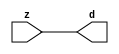

//------> /package/eda/mg/Catapult_10.3d/Mgc_home/pkgs/siflibs/mgc_in_wire_v2.v 
//------------------------------------------------------------------------------
// Catapult Synthesis - Sample I/O Port Library
//
// Copyright (c) 2003-2017 Mentor Graphics Corp.
//       All Rights Reserved
//
// This document may be used and distributed without restriction provided that
// this copyright statement is not removed from the file and that any derivative
// work contains this copyright notice.
//
// The design information contained in this file is intended to be an example
// of the functionality which the end user may study in preparation for creating
// their own custom interfaces. This design does not necessarily present a 
// complete implementation of the named protocol or standard.
//
//------------------------------------------------------------------------------


module mgc_in_wire_v2 (d, z);

  parameter integer rscid = 1;
  parameter integer width = 8;

  output [width-1:0] d;
  input  [width-1:0] z;

  wire   [width-1:0] d;

  assign d = z;

endmodule


//------> /package/eda/mg/Catapult_10.3d/Mgc_home/pkgs/siflibs/ccs_in_v1.v 
//------------------------------------------------------------------------------
// Catapult Synthesis - Sample I/O Port Library
//
// Copyright (c) 2003-2017 Mentor Graphics Corp.
//       All Rights Reserved
//
// This document may be used and distributed without restriction provided that
// this copyright statement is not removed from the file and that any derivative
// work contains this copyright notice.
//
// The design information contained in this file is intended to be an example
// of the functionality which the end user may study in preparation for creating
// their own custom interfaces. This design does not necessarily present a 
// complete implementation of the named protocol or standard.
//
//------------------------------------------------------------------------------


module ccs_in_v1 (idat, dat);

  parameter integer rscid = 1;
  parameter integer width = 8;

  output [width-1:0] idat;
  input  [width-1:0] dat;

  wire   [width-1:0] idat;

  assign idat = dat;

endmodule


//------> /package/eda/mg/Catapult_10.3d/Mgc_home/pkgs/siflibs/ccs_out_v1.v 
//------------------------------------------------------------------------------
// Catapult Synthesis - Sample I/O Port Library
//
// Copyright (c) 2003-2015 Mentor Graphics Corp.
//       All Rights Reserved
//
// This document may be used and distributed without restriction provided that
// this copyright statement is not removed from the file and that any derivative
// work contains this copyright notice.
//
// The design information contained in this file is intended to be an example
// of the functionality which the end user may study in preparation for creating
// their own custom interfaces. This design does not necessarily present a 
// complete implementation of the named protocol or standard.
//
//------------------------------------------------------------------------------

module ccs_out_v1 (dat, idat);

  parameter integer rscid = 1;
  parameter integer width = 8;

  output   [width-1:0] dat;
  input    [width-1:0] idat;

  wire     [width-1:0] dat;

  assign dat = idat;

endmodule




//------> /package/eda/mg/Catapult_10.3d/Mgc_home/pkgs/siflibs/mgc_io_sync_v2.v 
//------------------------------------------------------------------------------
// Catapult Synthesis - Sample I/O Port Library
//
// Copyright (c) 2003-2017 Mentor Graphics Corp.
//       All Rights Reserved
//
// This document may be used and distributed without restriction provided that
// this copyright statement is not removed from the file and that any derivative
// work contains this copyright notice.
//
// The design information contained in this file is intended to be an example
// of the functionality which the end user may study in preparation for creating
// their own custom interfaces. This design does not necessarily present a 
// complete implementation of the named protocol or standard.
//
//------------------------------------------------------------------------------


module mgc_io_sync_v2 (ld, lz);
    parameter valid = 0;

    input  ld;
    output lz;

    wire   lz;

    assign lz = ld;

endmodule


//------> ./rtl.v 
// ----------------------------------------------------------------------
//  HLS HDL:        Verilog Netlister
//  HLS Version:    10.3d/815731 Production Release
//  HLS Date:       Wed Apr 24 14:54:19 PDT 2019
// 
//  Generated by:   695r48@ecegrid-thin4.ecn.purdue.edu
//  Generated date: Wed Nov 10 16:26:47 2021
// ----------------------------------------------------------------------

// 
// ------------------------------------------------------------------
//  Design Unit:    fir_core_core_fsm
//  FSM Module
// ------------------------------------------------------------------


module fir_core_core_fsm (
  clk, rst, fsm_output
);
  input clk;
  input rst;
  output [17:0] fsm_output;
  reg [17:0] fsm_output;


  // FSM State Type Declaration for fir_core_core_fsm_1
  parameter
    main_C_0 = 5'd0,
    main_C_1 = 5'd1,
    main_C_2 = 5'd2,
    main_C_3 = 5'd3,
    main_C_4 = 5'd4,
    main_C_5 = 5'd5,
    main_C_6 = 5'd6,
    main_C_7 = 5'd7,
    main_C_8 = 5'd8,
    main_C_9 = 5'd9,
    main_C_10 = 5'd10,
    main_C_11 = 5'd11,
    main_C_12 = 5'd12,
    main_C_13 = 5'd13,
    main_C_14 = 5'd14,
    main_C_15 = 5'd15,
    main_C_16 = 5'd16,
    main_C_17 = 5'd17;

  reg [4:0] state_var;
  reg [4:0] state_var_NS;


  // Interconnect Declarations for Component Instantiations 
  always @(*)
  begin : fir_core_core_fsm_1
    case (state_var)
      main_C_1 : begin
        fsm_output = 18'b000000000000000010;
        state_var_NS = main_C_2;
      end
      main_C_2 : begin
        fsm_output = 18'b000000000000000100;
        state_var_NS = main_C_3;
      end
      main_C_3 : begin
        fsm_output = 18'b000000000000001000;
        state_var_NS = main_C_4;
      end
      main_C_4 : begin
        fsm_output = 18'b000000000000010000;
        state_var_NS = main_C_5;
      end
      main_C_5 : begin
        fsm_output = 18'b000000000000100000;
        state_var_NS = main_C_6;
      end
      main_C_6 : begin
        fsm_output = 18'b000000000001000000;
        state_var_NS = main_C_7;
      end
      main_C_7 : begin
        fsm_output = 18'b000000000010000000;
        state_var_NS = main_C_8;
      end
      main_C_8 : begin
        fsm_output = 18'b000000000100000000;
        state_var_NS = main_C_9;
      end
      main_C_9 : begin
        fsm_output = 18'b000000001000000000;
        state_var_NS = main_C_10;
      end
      main_C_10 : begin
        fsm_output = 18'b000000010000000000;
        state_var_NS = main_C_11;
      end
      main_C_11 : begin
        fsm_output = 18'b000000100000000000;
        state_var_NS = main_C_12;
      end
      main_C_12 : begin
        fsm_output = 18'b000001000000000000;
        state_var_NS = main_C_13;
      end
      main_C_13 : begin
        fsm_output = 18'b000010000000000000;
        state_var_NS = main_C_14;
      end
      main_C_14 : begin
        fsm_output = 18'b000100000000000000;
        state_var_NS = main_C_15;
      end
      main_C_15 : begin
        fsm_output = 18'b001000000000000000;
        state_var_NS = main_C_16;
      end
      main_C_16 : begin
        fsm_output = 18'b010000000000000000;
        state_var_NS = main_C_17;
      end
      main_C_17 : begin
        fsm_output = 18'b100000000000000000;
        state_var_NS = main_C_0;
      end
      // main_C_0
      default : begin
        fsm_output = 18'b000000000000000001;
        state_var_NS = main_C_1;
      end
    endcase
  end

  always @(posedge clk) begin
    if ( rst ) begin
      state_var <= main_C_0;
    end
    else begin
      state_var <= state_var_NS;
    end
  end

endmodule

// ------------------------------------------------------------------
//  Design Unit:    fir_core
// ------------------------------------------------------------------


module fir_core (
  clk, rst, coeffs_rsc_z, coeffs_rsc_triosy_lz, in1_rsc_dat, in1_rsc_triosy_lz, out1_rsc_dat,
      out1_rsc_triosy_lz
);
  input clk;
  input rst;
  input [511:0] coeffs_rsc_z;
  output coeffs_rsc_triosy_lz;
  input [15:0] in1_rsc_dat;
  output in1_rsc_triosy_lz;
  output [15:0] out1_rsc_dat;
  output out1_rsc_triosy_lz;


  // Interconnect Declarations
  wire [511:0] coeffs_rsci_d;
  wire [15:0] in1_rsci_idat;
  reg [15:0] out1_rsci_idat;
  reg out1_rsc_triosy_obj_ld;
  wire [17:0] fsm_output;
  reg [239:0] reg_MAC_io_read_coeffs_rsc_cse_255_0_ftd_16;
  reg reg_in1_rsc_triosy_obj_ld_cse;
  wire [29:0] z_out;
  wire [30:0] nl_z_out;
  wire [29:0] z_out_1;
  wire signed [32:0] nl_z_out_1;
  wire [29:0] z_out_2;
  wire signed [32:0] nl_z_out_2;
  wire [29:0] z_out_3;
  wire signed [32:0] nl_z_out_3;
  wire [29:0] z_out_4;
  wire signed [32:0] nl_z_out_4;
  reg [15:0] regs_15_sva;
  reg [15:0] regs_16_sva;
  reg [15:0] regs_14_sva;
  reg [15:0] regs_17_sva;
  reg [15:0] regs_13_sva;
  reg [15:0] regs_18_sva;
  reg [15:0] regs_12_sva;
  reg [15:0] regs_19_sva;
  reg [15:0] regs_11_sva;
  reg [15:0] regs_20_sva;
  reg [15:0] regs_10_sva;
  reg [15:0] regs_21_sva;
  reg [15:0] regs_9_sva;
  reg [15:0] regs_22_sva;
  reg [15:0] regs_8_sva;
  reg [15:0] regs_23_sva;
  reg [15:0] regs_7_sva;
  reg [15:0] regs_24_sva;
  reg [15:0] regs_6_sva;
  reg [15:0] regs_25_sva;
  reg [15:0] regs_5_sva;
  reg [15:0] regs_26_sva;
  reg [15:0] regs_4_sva;
  reg [15:0] regs_27_sva;
  reg [15:0] regs_3_sva;
  reg [15:0] regs_28_sva;
  reg [15:0] regs_2_sva;
  reg [15:0] regs_29_sva;
  reg [15:0] regs_1_sva;
  reg [15:0] regs_30_sva;
  reg [15:0] regs_0_sva;
  reg [16:0] MAC_1_acc_3_itm;
  wire [17:0] nl_MAC_1_acc_3_itm;
  reg [16:0] MAC_2_acc_3_itm;
  wire [17:0] nl_MAC_2_acc_3_itm;
  reg [29:0] MAC_acc_11_itm;
  reg [16:0] MAC_3_acc_3_itm;
  wire [17:0] nl_MAC_3_acc_3_itm;
  reg [16:0] MAC_4_acc_3_itm;
  wire [17:0] nl_MAC_4_acc_3_itm;
  reg [16:0] MAC_5_acc_3_itm;
  wire [17:0] nl_MAC_5_acc_3_itm;
  reg [16:0] MAC_6_acc_3_itm;
  wire [17:0] nl_MAC_6_acc_3_itm;
  reg [16:0] MAC_7_acc_3_itm;
  wire [17:0] nl_MAC_7_acc_3_itm;
  reg [16:0] MAC_8_acc_3_itm;
  wire [17:0] nl_MAC_8_acc_3_itm;
  reg [29:0] MAC_acc_17_itm;
  reg [16:0] MAC_9_acc_3_itm;
  wire [17:0] nl_MAC_9_acc_3_itm;
  reg [16:0] MAC_10_acc_3_itm;
  reg [16:0] MAC_11_acc_3_itm;
  wire [17:0] nl_MAC_11_acc_3_itm;
  reg [29:0] MAC_11_mul_itm;
  reg [16:0] MAC_12_acc_3_itm;
  wire [17:0] nl_MAC_12_acc_3_itm;
  reg [16:0] MAC_13_acc_3_itm;
  wire [17:0] nl_MAC_13_acc_3_itm;
  reg [16:0] MAC_14_acc_3_itm;
  wire [17:0] nl_MAC_14_acc_3_itm;
  reg [16:0] MAC_15_acc_3_itm;
  wire [17:0] nl_MAC_15_acc_3_itm;
  reg [29:0] MAC_acc_12_itm;
  wire [30:0] nl_MAC_acc_12_itm;
  wire MAC_acc_11_itm_mx0c1;

  wire[29:0] MAC_16_acc_2_nl;
  wire[30:0] nl_MAC_16_acc_2_nl;
  wire[16:0] MAC_10_acc_3_nl;
  wire[17:0] nl_MAC_10_acc_3_nl;
  wire[29:0] MAC_16_mul_nl;
  wire signed [32:0] nl_MAC_16_mul_nl;
  wire[16:0] MAC_16_acc_3_nl;
  wire[17:0] nl_MAC_16_acc_3_nl;
  wire[29:0] MAC_acc_10_nl;
  wire[30:0] nl_MAC_acc_10_nl;
  wire[29:0] MAC_4_mul_nl;
  wire signed [32:0] nl_MAC_4_mul_nl;
  wire[29:0] MAC_acc_8_nl;
  wire[30:0] nl_MAC_acc_8_nl;
  wire[29:0] MAC_8_mul_nl;
  wire signed [32:0] nl_MAC_8_mul_nl;
  wire[29:0] MAC_acc_6_nl;
  wire[30:0] nl_MAC_acc_6_nl;
  wire[29:0] MAC_12_mul_nl;
  wire signed [32:0] nl_MAC_12_mul_nl;
  wire[29:0] MAC_acc_5_nl;
  wire[30:0] nl_MAC_acc_5_nl;
  wire[29:0] MAC_14_mul_nl;
  wire signed [32:0] nl_MAC_14_mul_nl;
  wire[0:0] MAC_or_4_nl;
  wire[29:0] MAC_acc_11_nl;
  wire[30:0] nl_MAC_acc_11_nl;
  wire[29:0] MAC_acc_7_nl;
  wire[30:0] nl_MAC_acc_7_nl;
  wire[29:0] MAC_acc_9_nl;
  wire[30:0] nl_MAC_acc_9_nl;
  wire[29:0] MAC_mux1h_6_nl;
  wire[29:0] MAC_acc_18_nl;
  wire[30:0] nl_MAC_acc_18_nl;
  wire[29:0] MAC_acc_19_nl;
  wire[30:0] nl_MAC_acc_19_nl;
  wire[15:0] MAC_mux1h_7_nl;
  wire[16:0] MAC_mux1h_8_nl;
  wire[15:0] MAC_mux_20_nl;
  wire[16:0] MAC_mux_21_nl;
  wire[15:0] MAC_mux_22_nl;
  wire[16:0] MAC_mux_23_nl;
  wire[15:0] MAC_mux_24_nl;
  wire[16:0] MAC_mux_25_nl;

  // Interconnect Declarations for Component Instantiations 
  mgc_in_wire_v2 #(.rscid(32'sd1),
  .width(32'sd512)) coeffs_rsci (
      .d(coeffs_rsci_d),
      .z(coeffs_rsc_z)
    );
  ccs_in_v1 #(.rscid(32'sd2),
  .width(32'sd16)) in1_rsci (
      .dat(in1_rsc_dat),
      .idat(in1_rsci_idat)
    );
  ccs_out_v1 #(.rscid(32'sd3),
  .width(32'sd16)) out1_rsci (
      .idat(out1_rsci_idat),
      .dat(out1_rsc_dat)
    );
  mgc_io_sync_v2 #(.valid(32'sd0)) coeffs_rsc_triosy_obj (
      .ld(reg_in1_rsc_triosy_obj_ld_cse),
      .lz(coeffs_rsc_triosy_lz)
    );
  mgc_io_sync_v2 #(.valid(32'sd0)) in1_rsc_triosy_obj (
      .ld(reg_in1_rsc_triosy_obj_ld_cse),
      .lz(in1_rsc_triosy_lz)
    );
  mgc_io_sync_v2 #(.valid(32'sd0)) out1_rsc_triosy_obj (
      .ld(out1_rsc_triosy_obj_ld),
      .lz(out1_rsc_triosy_lz)
    );
  fir_core_core_fsm fir_core_core_fsm_inst (
      .clk(clk),
      .rst(rst),
      .fsm_output(fsm_output)
    );
  assign MAC_acc_11_itm_mx0c1 = (fsm_output[14]) | (fsm_output[6]);
  always @(posedge clk) begin
    if ( rst ) begin
      out1_rsci_idat <= 16'b0000000000000000;
    end
    else if ( fsm_output[16] ) begin
      out1_rsci_idat <= readslicef_30_16_14((MAC_16_acc_2_nl));
    end
  end
  always @(posedge clk) begin
    if ( rst ) begin
      MAC_14_acc_3_itm <= 17'b00000000000000000;
    end
    else if ( fsm_output[0] ) begin
      MAC_14_acc_3_itm <= nl_MAC_14_acc_3_itm[16:0];
    end
  end
  always @(posedge clk) begin
    if ( rst ) begin
      MAC_13_acc_3_itm <= 17'b00000000000000000;
    end
    else if ( fsm_output[0] ) begin
      MAC_13_acc_3_itm <= nl_MAC_13_acc_3_itm[16:0];
    end
  end
  always @(posedge clk) begin
    if ( rst ) begin
      MAC_12_acc_3_itm <= 17'b00000000000000000;
    end
    else if ( fsm_output[0] ) begin
      MAC_12_acc_3_itm <= nl_MAC_12_acc_3_itm[16:0];
    end
  end
  always @(posedge clk) begin
    if ( rst ) begin
      MAC_11_acc_3_itm <= 17'b00000000000000000;
    end
    else if ( fsm_output[0] ) begin
      MAC_11_acc_3_itm <= nl_MAC_11_acc_3_itm[16:0];
    end
  end
  always @(posedge clk) begin
    if ( rst ) begin
      MAC_10_acc_3_itm <= 17'b00000000000000000;
    end
    else if ( (fsm_output[17]) | (fsm_output[0]) ) begin
      MAC_10_acc_3_itm <= MUX_v_17_2_2((MAC_10_acc_3_nl), ({1'b0 , regs_30_sva}),
          fsm_output[17]);
    end
  end
  always @(posedge clk) begin
    if ( rst ) begin
      MAC_9_acc_3_itm <= 17'b00000000000000000;
    end
    else if ( fsm_output[0] ) begin
      MAC_9_acc_3_itm <= nl_MAC_9_acc_3_itm[16:0];
    end
  end
  always @(posedge clk) begin
    if ( rst ) begin
      MAC_8_acc_3_itm <= 17'b00000000000000000;
    end
    else if ( fsm_output[0] ) begin
      MAC_8_acc_3_itm <= nl_MAC_8_acc_3_itm[16:0];
    end
  end
  always @(posedge clk) begin
    if ( rst ) begin
      MAC_7_acc_3_itm <= 17'b00000000000000000;
    end
    else if ( fsm_output[0] ) begin
      MAC_7_acc_3_itm <= nl_MAC_7_acc_3_itm[16:0];
    end
  end
  always @(posedge clk) begin
    if ( rst ) begin
      MAC_6_acc_3_itm <= 17'b00000000000000000;
    end
    else if ( fsm_output[0] ) begin
      MAC_6_acc_3_itm <= nl_MAC_6_acc_3_itm[16:0];
    end
  end
  always @(posedge clk) begin
    if ( rst ) begin
      MAC_5_acc_3_itm <= 17'b00000000000000000;
    end
    else if ( fsm_output[0] ) begin
      MAC_5_acc_3_itm <= nl_MAC_5_acc_3_itm[16:0];
    end
  end
  always @(posedge clk) begin
    if ( rst ) begin
      MAC_4_acc_3_itm <= 17'b00000000000000000;
    end
    else if ( fsm_output[0] ) begin
      MAC_4_acc_3_itm <= nl_MAC_4_acc_3_itm[16:0];
    end
  end
  always @(posedge clk) begin
    if ( rst ) begin
      MAC_3_acc_3_itm <= 17'b00000000000000000;
    end
    else if ( fsm_output[0] ) begin
      MAC_3_acc_3_itm <= nl_MAC_3_acc_3_itm[16:0];
    end
  end
  always @(posedge clk) begin
    if ( rst ) begin
      MAC_2_acc_3_itm <= 17'b00000000000000000;
    end
    else if ( fsm_output[0] ) begin
      MAC_2_acc_3_itm <= nl_MAC_2_acc_3_itm[16:0];
    end
  end
  always @(posedge clk) begin
    if ( rst ) begin
      MAC_1_acc_3_itm <= 17'b00000000000000000;
    end
    else if ( fsm_output[0] ) begin
      MAC_1_acc_3_itm <= nl_MAC_1_acc_3_itm[16:0];
    end
  end
  always @(posedge clk) begin
    if ( rst ) begin
      MAC_15_acc_3_itm <= 17'b00000000000000000;
      out1_rsc_triosy_obj_ld <= 1'b0;
      reg_in1_rsc_triosy_obj_ld_cse <= 1'b0;
      MAC_11_mul_itm <= 30'b000000000000000000000000000000;
    end
    else begin
      MAC_15_acc_3_itm <= nl_MAC_15_acc_3_itm[16:0];
      out1_rsc_triosy_obj_ld <= fsm_output[16];
      reg_in1_rsc_triosy_obj_ld_cse <= fsm_output[0];
      MAC_11_mul_itm <= MUX1HOT_v_30_9_2((MAC_16_mul_nl), z_out_1, (MAC_acc_10_nl),
          z_out_2, z_out_3, (MAC_acc_8_nl), z_out_4, (MAC_acc_6_nl), (MAC_acc_5_nl),
          {(fsm_output[0]) , (MAC_or_4_nl) , (fsm_output[5]) , (fsm_output[6]) ,
          (fsm_output[8]) , (fsm_output[9]) , (fsm_output[10]) , (fsm_output[13])
          , (fsm_output[15])});
    end
  end
  always @(posedge clk) begin
    if ( rst ) begin
      regs_1_sva <= 16'b0000000000000000;
    end
    else if ( fsm_output[0] ) begin
      regs_1_sva <= regs_0_sva;
    end
  end
  always @(posedge clk) begin
    if ( rst ) begin
      regs_0_sva <= 16'b0000000000000000;
    end
    else if ( fsm_output[0] ) begin
      regs_0_sva <= in1_rsci_idat;
    end
  end
  always @(posedge clk) begin
    if ( rst ) begin
      regs_15_sva <= 16'b0000000000000000;
    end
    else if ( fsm_output[17] ) begin
      regs_15_sva <= regs_14_sva;
    end
  end
  always @(posedge clk) begin
    if ( rst ) begin
      regs_14_sva <= 16'b0000000000000000;
    end
    else if ( fsm_output[17] ) begin
      regs_14_sva <= regs_13_sva;
    end
  end
  always @(posedge clk) begin
    if ( rst ) begin
      regs_16_sva <= 16'b0000000000000000;
    end
    else if ( fsm_output[17] ) begin
      regs_16_sva <= regs_15_sva;
    end
  end
  always @(posedge clk) begin
    if ( rst ) begin
      regs_13_sva <= 16'b0000000000000000;
    end
    else if ( fsm_output[17] ) begin
      regs_13_sva <= regs_12_sva;
    end
  end
  always @(posedge clk) begin
    if ( rst ) begin
      regs_17_sva <= 16'b0000000000000000;
    end
    else if ( fsm_output[17] ) begin
      regs_17_sva <= regs_16_sva;
    end
  end
  always @(posedge clk) begin
    if ( rst ) begin
      regs_12_sva <= 16'b0000000000000000;
    end
    else if ( fsm_output[17] ) begin
      regs_12_sva <= regs_11_sva;
    end
  end
  always @(posedge clk) begin
    if ( rst ) begin
      regs_18_sva <= 16'b0000000000000000;
    end
    else if ( fsm_output[17] ) begin
      regs_18_sva <= regs_17_sva;
    end
  end
  always @(posedge clk) begin
    if ( rst ) begin
      regs_11_sva <= 16'b0000000000000000;
    end
    else if ( fsm_output[17] ) begin
      regs_11_sva <= regs_10_sva;
    end
  end
  always @(posedge clk) begin
    if ( rst ) begin
      regs_19_sva <= 16'b0000000000000000;
    end
    else if ( fsm_output[17] ) begin
      regs_19_sva <= regs_18_sva;
    end
  end
  always @(posedge clk) begin
    if ( rst ) begin
      regs_10_sva <= 16'b0000000000000000;
    end
    else if ( fsm_output[17] ) begin
      regs_10_sva <= regs_9_sva;
    end
  end
  always @(posedge clk) begin
    if ( rst ) begin
      regs_20_sva <= 16'b0000000000000000;
    end
    else if ( fsm_output[17] ) begin
      regs_20_sva <= regs_19_sva;
    end
  end
  always @(posedge clk) begin
    if ( rst ) begin
      regs_9_sva <= 16'b0000000000000000;
    end
    else if ( fsm_output[17] ) begin
      regs_9_sva <= regs_8_sva;
    end
  end
  always @(posedge clk) begin
    if ( rst ) begin
      regs_21_sva <= 16'b0000000000000000;
    end
    else if ( fsm_output[17] ) begin
      regs_21_sva <= regs_20_sva;
    end
  end
  always @(posedge clk) begin
    if ( rst ) begin
      regs_8_sva <= 16'b0000000000000000;
    end
    else if ( fsm_output[17] ) begin
      regs_8_sva <= regs_7_sva;
    end
  end
  always @(posedge clk) begin
    if ( rst ) begin
      regs_22_sva <= 16'b0000000000000000;
    end
    else if ( fsm_output[17] ) begin
      regs_22_sva <= regs_21_sva;
    end
  end
  always @(posedge clk) begin
    if ( rst ) begin
      regs_7_sva <= 16'b0000000000000000;
    end
    else if ( fsm_output[17] ) begin
      regs_7_sva <= regs_6_sva;
    end
  end
  always @(posedge clk) begin
    if ( rst ) begin
      regs_23_sva <= 16'b0000000000000000;
    end
    else if ( fsm_output[17] ) begin
      regs_23_sva <= regs_22_sva;
    end
  end
  always @(posedge clk) begin
    if ( rst ) begin
      regs_6_sva <= 16'b0000000000000000;
    end
    else if ( fsm_output[17] ) begin
      regs_6_sva <= regs_5_sva;
    end
  end
  always @(posedge clk) begin
    if ( rst ) begin
      regs_24_sva <= 16'b0000000000000000;
    end
    else if ( fsm_output[17] ) begin
      regs_24_sva <= regs_23_sva;
    end
  end
  always @(posedge clk) begin
    if ( rst ) begin
      regs_5_sva <= 16'b0000000000000000;
    end
    else if ( fsm_output[17] ) begin
      regs_5_sva <= regs_4_sva;
    end
  end
  always @(posedge clk) begin
    if ( rst ) begin
      regs_25_sva <= 16'b0000000000000000;
    end
    else if ( fsm_output[17] ) begin
      regs_25_sva <= regs_24_sva;
    end
  end
  always @(posedge clk) begin
    if ( rst ) begin
      regs_4_sva <= 16'b0000000000000000;
    end
    else if ( fsm_output[17] ) begin
      regs_4_sva <= regs_3_sva;
    end
  end
  always @(posedge clk) begin
    if ( rst ) begin
      regs_26_sva <= 16'b0000000000000000;
    end
    else if ( fsm_output[17] ) begin
      regs_26_sva <= regs_25_sva;
    end
  end
  always @(posedge clk) begin
    if ( rst ) begin
      regs_3_sva <= 16'b0000000000000000;
    end
    else if ( fsm_output[17] ) begin
      regs_3_sva <= regs_2_sva;
    end
  end
  always @(posedge clk) begin
    if ( rst ) begin
      regs_27_sva <= 16'b0000000000000000;
    end
    else if ( fsm_output[17] ) begin
      regs_27_sva <= regs_26_sva;
    end
  end
  always @(posedge clk) begin
    if ( rst ) begin
      regs_2_sva <= 16'b0000000000000000;
    end
    else if ( fsm_output[17] ) begin
      regs_2_sva <= regs_1_sva;
    end
  end
  always @(posedge clk) begin
    if ( rst ) begin
      regs_28_sva <= 16'b0000000000000000;
    end
    else if ( fsm_output[17] ) begin
      regs_28_sva <= regs_27_sva;
    end
  end
  always @(posedge clk) begin
    if ( rst ) begin
      regs_29_sva <= 16'b0000000000000000;
    end
    else if ( fsm_output[17] ) begin
      regs_29_sva <= regs_28_sva;
    end
  end
  always @(posedge clk) begin
    if ( rst ) begin
      regs_30_sva <= 16'b0000000000000000;
    end
    else if ( fsm_output[17] ) begin
      regs_30_sva <= regs_29_sva;
    end
  end
  always @(posedge clk) begin
    if ( rst ) begin
      MAC_acc_12_itm <= 30'b000000000000000000000000000000;
    end
    else if ( fsm_output[1] ) begin
      MAC_acc_12_itm <= nl_MAC_acc_12_itm[29:0];
    end
  end
  always @(posedge clk) begin
    if ( rst ) begin
      MAC_acc_11_itm <= 30'b000000000000000000000000000000;
    end
    else if ( (fsm_output[11]) | (fsm_output[3]) | MAC_acc_11_itm_mx0c1 ) begin
      MAC_acc_11_itm <= MUX1HOT_v_30_3_2((MAC_acc_11_nl), z_out, (MAC_acc_7_nl),
          {(fsm_output[3]) , MAC_acc_11_itm_mx0c1 , (fsm_output[11])});
    end
  end
  always @(posedge clk) begin
    if ( rst ) begin
      MAC_acc_17_itm <= 30'b000000000000000000000000000000;
    end
    else if ( (fsm_output[10]) | (fsm_output[7]) ) begin
      MAC_acc_17_itm <= MUX_v_30_2_2((MAC_acc_9_nl), z_out, fsm_output[10]);
    end
  end
  always @(posedge clk) begin
    if ( rst ) begin
      reg_MAC_io_read_coeffs_rsc_cse_255_0_ftd_16 <= 240'b000000000000000000000000000000000000000000000000000000000000000000000000000000000000000000000000000000000000000000000000000000000000000000000000000000000000000000000000000000000000000000000000000000000000000000000000000000000000000000000000;
    end
    else if ( fsm_output[0] ) begin
      reg_MAC_io_read_coeffs_rsc_cse_255_0_ftd_16 <= coeffs_rsci_d[239:0];
    end
  end
  assign nl_MAC_16_acc_2_nl = MAC_acc_17_itm + z_out;
  assign MAC_16_acc_2_nl = nl_MAC_16_acc_2_nl[29:0];
  assign nl_MAC_14_acc_3_itm  = conv_s2s_16_17(regs_13_sva) + conv_s2s_16_17(regs_18_sva);
  assign nl_MAC_13_acc_3_itm  = conv_s2s_16_17(regs_12_sva) + conv_s2s_16_17(regs_19_sva);
  assign nl_MAC_12_acc_3_itm  = conv_s2s_16_17(regs_11_sva) + conv_s2s_16_17(regs_20_sva);
  assign nl_MAC_11_acc_3_itm  = conv_s2s_16_17(regs_10_sva) + conv_s2s_16_17(regs_21_sva);
  assign nl_MAC_10_acc_3_nl = conv_s2s_16_17(regs_9_sva) + conv_s2s_16_17(regs_22_sva);
  assign MAC_10_acc_3_nl = nl_MAC_10_acc_3_nl[16:0];
  assign nl_MAC_9_acc_3_itm  = conv_s2s_16_17(regs_8_sva) + conv_s2s_16_17(regs_23_sva);
  assign nl_MAC_8_acc_3_itm  = conv_s2s_16_17(regs_7_sva) + conv_s2s_16_17(regs_24_sva);
  assign nl_MAC_7_acc_3_itm  = conv_s2s_16_17(regs_6_sva) + conv_s2s_16_17(regs_25_sva);
  assign nl_MAC_6_acc_3_itm  = conv_s2s_16_17(regs_5_sva) + conv_s2s_16_17(regs_26_sva);
  assign nl_MAC_5_acc_3_itm  = conv_s2s_16_17(regs_4_sva) + conv_s2s_16_17(regs_27_sva);
  assign nl_MAC_4_acc_3_itm  = conv_s2s_16_17(regs_3_sva) + conv_s2s_16_17(regs_28_sva);
  assign nl_MAC_3_acc_3_itm  = conv_s2s_16_17(regs_1_sva) + conv_s2s_16_17(regs_29_sva);
  assign nl_MAC_2_acc_3_itm  = conv_s2s_16_17(regs_0_sva) + conv_s2s_16_17(regs_30_sva);
  assign nl_MAC_1_acc_3_itm  = conv_s2s_16_17(in1_rsci_idat) + conv_s2s_16_17(MAC_10_acc_3_itm[15:0]);
  assign nl_MAC_15_acc_3_itm  = conv_s2s_16_17(regs_14_sva) + conv_s2s_16_17(regs_17_sva);
  assign nl_MAC_16_acc_3_nl = conv_s2s_16_17(regs_15_sva) + conv_s2s_16_17(regs_16_sva);
  assign MAC_16_acc_3_nl = nl_MAC_16_acc_3_nl[16:0];
  assign nl_MAC_16_mul_nl = $signed((MAC_16_acc_3_nl)) * $signed((coeffs_rsci_d[255:240]));
  assign MAC_16_mul_nl = nl_MAC_16_mul_nl[29:0];
  assign nl_MAC_4_mul_nl = $signed(MAC_4_acc_3_itm) * $signed((reg_MAC_io_read_coeffs_rsc_cse_255_0_ftd_16[63:48]));
  assign MAC_4_mul_nl = nl_MAC_4_mul_nl[29:0];
  assign nl_MAC_acc_10_nl = MAC_11_mul_itm + (MAC_4_mul_nl);
  assign MAC_acc_10_nl = nl_MAC_acc_10_nl[29:0];
  assign nl_MAC_8_mul_nl = $signed(MAC_8_acc_3_itm) * $signed((reg_MAC_io_read_coeffs_rsc_cse_255_0_ftd_16[127:112]));
  assign MAC_8_mul_nl = nl_MAC_8_mul_nl[29:0];
  assign nl_MAC_acc_8_nl = MAC_11_mul_itm + (MAC_8_mul_nl);
  assign MAC_acc_8_nl = nl_MAC_acc_8_nl[29:0];
  assign nl_MAC_12_mul_nl = $signed(MAC_12_acc_3_itm) * $signed((reg_MAC_io_read_coeffs_rsc_cse_255_0_ftd_16[191:176]));
  assign MAC_12_mul_nl = nl_MAC_12_mul_nl[29:0];
  assign nl_MAC_acc_6_nl = MAC_11_mul_itm + (MAC_12_mul_nl);
  assign MAC_acc_6_nl = nl_MAC_acc_6_nl[29:0];
  assign nl_MAC_14_mul_nl = $signed(MAC_14_acc_3_itm) * $signed((reg_MAC_io_read_coeffs_rsc_cse_255_0_ftd_16[223:208]));
  assign MAC_14_mul_nl = nl_MAC_14_mul_nl[29:0];
  assign nl_MAC_acc_5_nl = MAC_11_mul_itm + (MAC_14_mul_nl);
  assign MAC_acc_5_nl = nl_MAC_acc_5_nl[29:0];
  assign MAC_or_4_nl = (fsm_output[2]) | (fsm_output[4]) | (fsm_output[12]) | (fsm_output[14]);
  assign nl_MAC_acc_12_itm  = z_out_1 + MAC_11_mul_itm;
  assign nl_MAC_acc_11_nl = MAC_11_mul_itm + z_out_4;
  assign MAC_acc_11_nl = nl_MAC_acc_11_nl[29:0];
  assign nl_MAC_acc_7_nl = MAC_11_mul_itm + z_out_3;
  assign MAC_acc_7_nl = nl_MAC_acc_7_nl[29:0];
  assign nl_MAC_acc_9_nl = MAC_11_mul_itm + z_out_2;
  assign MAC_acc_9_nl = nl_MAC_acc_9_nl[29:0];
  assign nl_MAC_acc_18_nl = MAC_11_mul_itm + MAC_acc_12_itm;
  assign MAC_acc_18_nl = nl_MAC_acc_18_nl[29:0];
  assign nl_MAC_acc_19_nl = MAC_acc_17_itm + MAC_11_mul_itm;
  assign MAC_acc_19_nl = nl_MAC_acc_19_nl[29:0];
  assign MAC_mux1h_6_nl = MUX1HOT_v_30_3_2((MAC_acc_18_nl), MAC_11_mul_itm, (MAC_acc_19_nl),
      {(fsm_output[16]) , MAC_acc_11_itm_mx0c1 , (fsm_output[10])});
  assign nl_z_out = MAC_acc_11_itm + (MAC_mux1h_6_nl);
  assign z_out = nl_z_out[29:0];
  assign MAC_mux1h_7_nl = MUX1HOT_v_16_5_2((reg_MAC_io_read_coeffs_rsc_cse_255_0_ftd_16[15:0]),
      (reg_MAC_io_read_coeffs_rsc_cse_255_0_ftd_16[47:32]), (reg_MAC_io_read_coeffs_rsc_cse_255_0_ftd_16[175:160]),
      (reg_MAC_io_read_coeffs_rsc_cse_255_0_ftd_16[207:192]), (reg_MAC_io_read_coeffs_rsc_cse_255_0_ftd_16[239:224]),
      {(fsm_output[2]) , (fsm_output[4]) , (fsm_output[12]) , (fsm_output[14]) ,
      (fsm_output[1])});
  assign MAC_mux1h_8_nl = MUX1HOT_v_17_5_2(MAC_1_acc_3_itm, MAC_3_acc_3_itm, MAC_11_acc_3_itm,
      MAC_13_acc_3_itm, MAC_15_acc_3_itm, {(fsm_output[2]) , (fsm_output[4]) , (fsm_output[12])
      , (fsm_output[14]) , (fsm_output[1])});
  assign nl_z_out_1 = $signed((MAC_mux1h_7_nl)) * $signed((MAC_mux1h_8_nl));
  assign z_out_1 = nl_z_out_1[29:0];
  assign MAC_mux_20_nl = MUX_v_16_2_2((reg_MAC_io_read_coeffs_rsc_cse_255_0_ftd_16[79:64]),
      (reg_MAC_io_read_coeffs_rsc_cse_255_0_ftd_16[95:80]), fsm_output[7]);
  assign MAC_mux_21_nl = MUX_v_17_2_2(MAC_5_acc_3_itm, MAC_6_acc_3_itm, fsm_output[7]);
  assign nl_z_out_2 = $signed((MAC_mux_20_nl)) * $signed((MAC_mux_21_nl));
  assign z_out_2 = nl_z_out_2[29:0];
  assign MAC_mux_22_nl = MUX_v_16_2_2((reg_MAC_io_read_coeffs_rsc_cse_255_0_ftd_16[111:96]),
      (reg_MAC_io_read_coeffs_rsc_cse_255_0_ftd_16[159:144]), fsm_output[11]);
  assign MAC_mux_23_nl = MUX_v_17_2_2(MAC_7_acc_3_itm, MAC_10_acc_3_itm, fsm_output[11]);
  assign nl_z_out_3 = $signed((MAC_mux_22_nl)) * $signed((MAC_mux_23_nl));
  assign z_out_3 = nl_z_out_3[29:0];
  assign MAC_mux_24_nl = MUX_v_16_2_2((reg_MAC_io_read_coeffs_rsc_cse_255_0_ftd_16[143:128]),
      (reg_MAC_io_read_coeffs_rsc_cse_255_0_ftd_16[31:16]), fsm_output[3]);
  assign MAC_mux_25_nl = MUX_v_17_2_2(MAC_9_acc_3_itm, MAC_2_acc_3_itm, fsm_output[3]);
  assign nl_z_out_4 = $signed((MAC_mux_24_nl)) * $signed((MAC_mux_25_nl));
  assign z_out_4 = nl_z_out_4[29:0];

  function automatic [15:0] MUX1HOT_v_16_5_2;
    input [15:0] input_4;
    input [15:0] input_3;
    input [15:0] input_2;
    input [15:0] input_1;
    input [15:0] input_0;
    input [4:0] sel;
    reg [15:0] result;
  begin
    result = input_0 & {16{sel[0]}};
    result = result | ( input_1 & {16{sel[1]}});
    result = result | ( input_2 & {16{sel[2]}});
    result = result | ( input_3 & {16{sel[3]}});
    result = result | ( input_4 & {16{sel[4]}});
    MUX1HOT_v_16_5_2 = result;
  end
  endfunction


  function automatic [16:0] MUX1HOT_v_17_5_2;
    input [16:0] input_4;
    input [16:0] input_3;
    input [16:0] input_2;
    input [16:0] input_1;
    input [16:0] input_0;
    input [4:0] sel;
    reg [16:0] result;
  begin
    result = input_0 & {17{sel[0]}};
    result = result | ( input_1 & {17{sel[1]}});
    result = result | ( input_2 & {17{sel[2]}});
    result = result | ( input_3 & {17{sel[3]}});
    result = result | ( input_4 & {17{sel[4]}});
    MUX1HOT_v_17_5_2 = result;
  end
  endfunction


  function automatic [29:0] MUX1HOT_v_30_3_2;
    input [29:0] input_2;
    input [29:0] input_1;
    input [29:0] input_0;
    input [2:0] sel;
    reg [29:0] result;
  begin
    result = input_0 & {30{sel[0]}};
    result = result | ( input_1 & {30{sel[1]}});
    result = result | ( input_2 & {30{sel[2]}});
    MUX1HOT_v_30_3_2 = result;
  end
  endfunction


  function automatic [29:0] MUX1HOT_v_30_9_2;
    input [29:0] input_8;
    input [29:0] input_7;
    input [29:0] input_6;
    input [29:0] input_5;
    input [29:0] input_4;
    input [29:0] input_3;
    input [29:0] input_2;
    input [29:0] input_1;
    input [29:0] input_0;
    input [8:0] sel;
    reg [29:0] result;
  begin
    result = input_0 & {30{sel[0]}};
    result = result | ( input_1 & {30{sel[1]}});
    result = result | ( input_2 & {30{sel[2]}});
    result = result | ( input_3 & {30{sel[3]}});
    result = result | ( input_4 & {30{sel[4]}});
    result = result | ( input_5 & {30{sel[5]}});
    result = result | ( input_6 & {30{sel[6]}});
    result = result | ( input_7 & {30{sel[7]}});
    result = result | ( input_8 & {30{sel[8]}});
    MUX1HOT_v_30_9_2 = result;
  end
  endfunction


  function automatic [15:0] MUX_v_16_2_2;
    input [15:0] input_0;
    input [15:0] input_1;
    input [0:0] sel;
    reg [15:0] result;
  begin
    case (sel)
      1'b0 : begin
        result = input_0;
      end
      default : begin
        result = input_1;
      end
    endcase
    MUX_v_16_2_2 = result;
  end
  endfunction


  function automatic [16:0] MUX_v_17_2_2;
    input [16:0] input_0;
    input [16:0] input_1;
    input [0:0] sel;
    reg [16:0] result;
  begin
    case (sel)
      1'b0 : begin
        result = input_0;
      end
      default : begin
        result = input_1;
      end
    endcase
    MUX_v_17_2_2 = result;
  end
  endfunction


  function automatic [29:0] MUX_v_30_2_2;
    input [29:0] input_0;
    input [29:0] input_1;
    input [0:0] sel;
    reg [29:0] result;
  begin
    case (sel)
      1'b0 : begin
        result = input_0;
      end
      default : begin
        result = input_1;
      end
    endcase
    MUX_v_30_2_2 = result;
  end
  endfunction


  function automatic [15:0] readslicef_30_16_14;
    input [29:0] vector;
    reg [29:0] tmp;
  begin
    tmp = vector >> 14;
    readslicef_30_16_14 = tmp[15:0];
  end
  endfunction


  function automatic [16:0] conv_s2s_16_17 ;
    input [15:0]  vector ;
  begin
    conv_s2s_16_17 = {vector[15], vector};
  end
  endfunction

endmodule

// ------------------------------------------------------------------
//  Design Unit:    fir
// ------------------------------------------------------------------


module fir (
  clk, rst, coeffs_rsc_z, coeffs_rsc_triosy_lz, in1_rsc_dat, in1_rsc_triosy_lz, out1_rsc_dat,
      out1_rsc_triosy_lz
);
  input clk;
  input rst;
  input [511:0] coeffs_rsc_z;
  output coeffs_rsc_triosy_lz;
  input [15:0] in1_rsc_dat;
  output in1_rsc_triosy_lz;
  output [15:0] out1_rsc_dat;
  output out1_rsc_triosy_lz;



  // Interconnect Declarations for Component Instantiations 
  fir_core fir_core_inst (
      .clk(clk),
      .rst(rst),
      .coeffs_rsc_z(coeffs_rsc_z),
      .coeffs_rsc_triosy_lz(coeffs_rsc_triosy_lz),
      .in1_rsc_dat(in1_rsc_dat),
      .in1_rsc_triosy_lz(in1_rsc_triosy_lz),
      .out1_rsc_dat(out1_rsc_dat),
      .out1_rsc_triosy_lz(out1_rsc_triosy_lz)
    );
endmodule